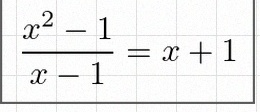
\frac{x^2-1}{x-1}=x+1